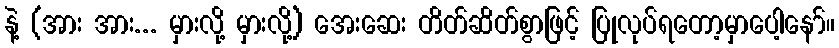
နဲ့ (အား အား... မှားလို့ မှားလို့) အေးဆေး တိတ်ဆိတ်စွာဖြင့် ပြုလုပ်ရတော့မှာပေါ့နော်။